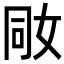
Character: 𡜝